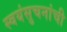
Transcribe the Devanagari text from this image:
स्वयंसुचनांची